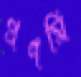
প্রণমি